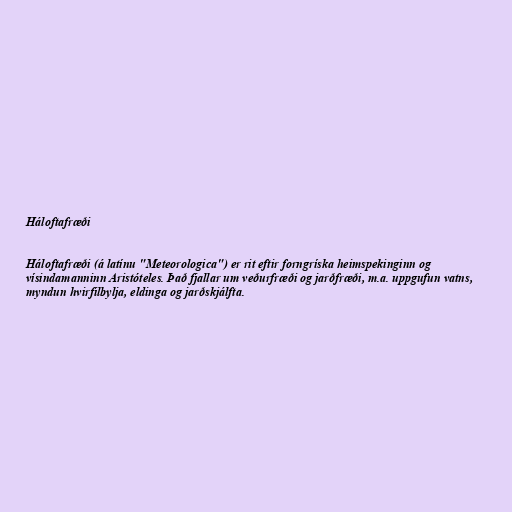
Háloftafræði

Háloftafræði (á latínu "Meteorologica") er rit eftir forngríska heimspekinginn og
vísindamanninn Aristóteles. Það fjallar um veðurfræði og jarðfræði, m.a. uppgufun vatns,
myndun hvirfilbylja, eldinga og jarðskjálfta.